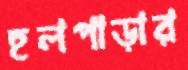
হলপাড়ার